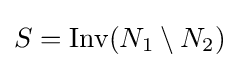
S={\text{Inv}}(N_{1}\setminus N_{2})